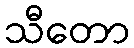
သီတော